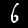
Label: 6